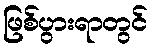
ဖြစ်ပွားရာတွင်